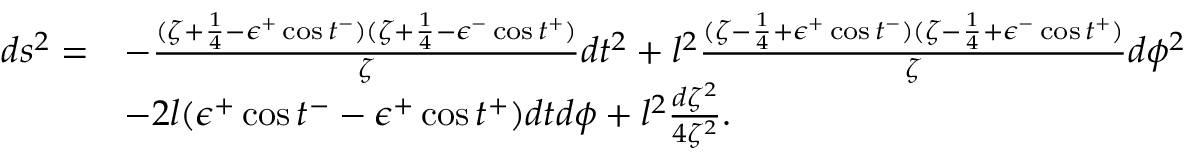
\begin{array} { l l } { { d s ^ { 2 } = } } & { { - \frac { ( \zeta + \frac { 1 } { 4 } - \epsilon ^ { + } \cos t ^ { - } ) ( \zeta + \frac { 1 } { 4 } - \epsilon ^ { - } \cos t ^ { + } ) } { \zeta } d t ^ { 2 } + l ^ { 2 } \frac { ( \zeta - \frac { 1 } { 4 } + \epsilon ^ { + } \cos t ^ { - } ) ( \zeta - \frac { 1 } { 4 } + \epsilon ^ { - } \cos t ^ { + } ) } { \zeta } d \phi ^ { 2 } } } \\ { { } } & { { - 2 l ( \epsilon ^ { + } \cos t ^ { - } - \epsilon ^ { + } \cos t ^ { + } ) d t d \phi + l ^ { 2 } \frac { d \zeta ^ { 2 } } { 4 \zeta ^ { 2 } } . } } \end{array}